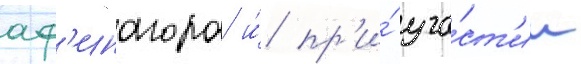
аф'инагора и́ пр'и́ уча́ст'ии